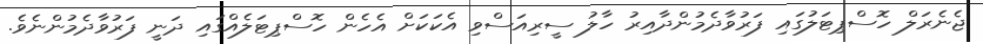
ޖެނެރަލް ހޮސްޕިޓަލުގައި ފަރުވާދެމުންދާއިރު ހާލު ސީރިއަސްވި އެކަކަށް އެހެން ހޮސްޕިޓަލެއްގައި ދަނީ ފަރުވާދެމުންނެވެ.